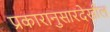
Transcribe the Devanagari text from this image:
प्रकारानुसारदेखील